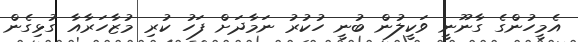
އެމީހުންގެ ގާނޫނީ ވަކީލުން ބުނީ ހުކުރު ނަމާދަށް ފަހު ކުރި މުޒާހަރާއާ ގުޅިގެން